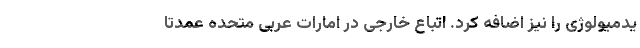
یدمیولوژی را نیز اضافه کرد. اتباع خارجی در امارات عربی متحده عمدتا